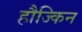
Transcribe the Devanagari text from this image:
हौज्किन